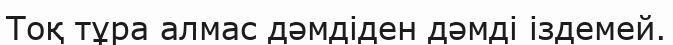
Тоқ тұра алмас дәмдіден дәмді іздемей.